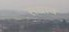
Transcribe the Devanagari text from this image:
सधाव